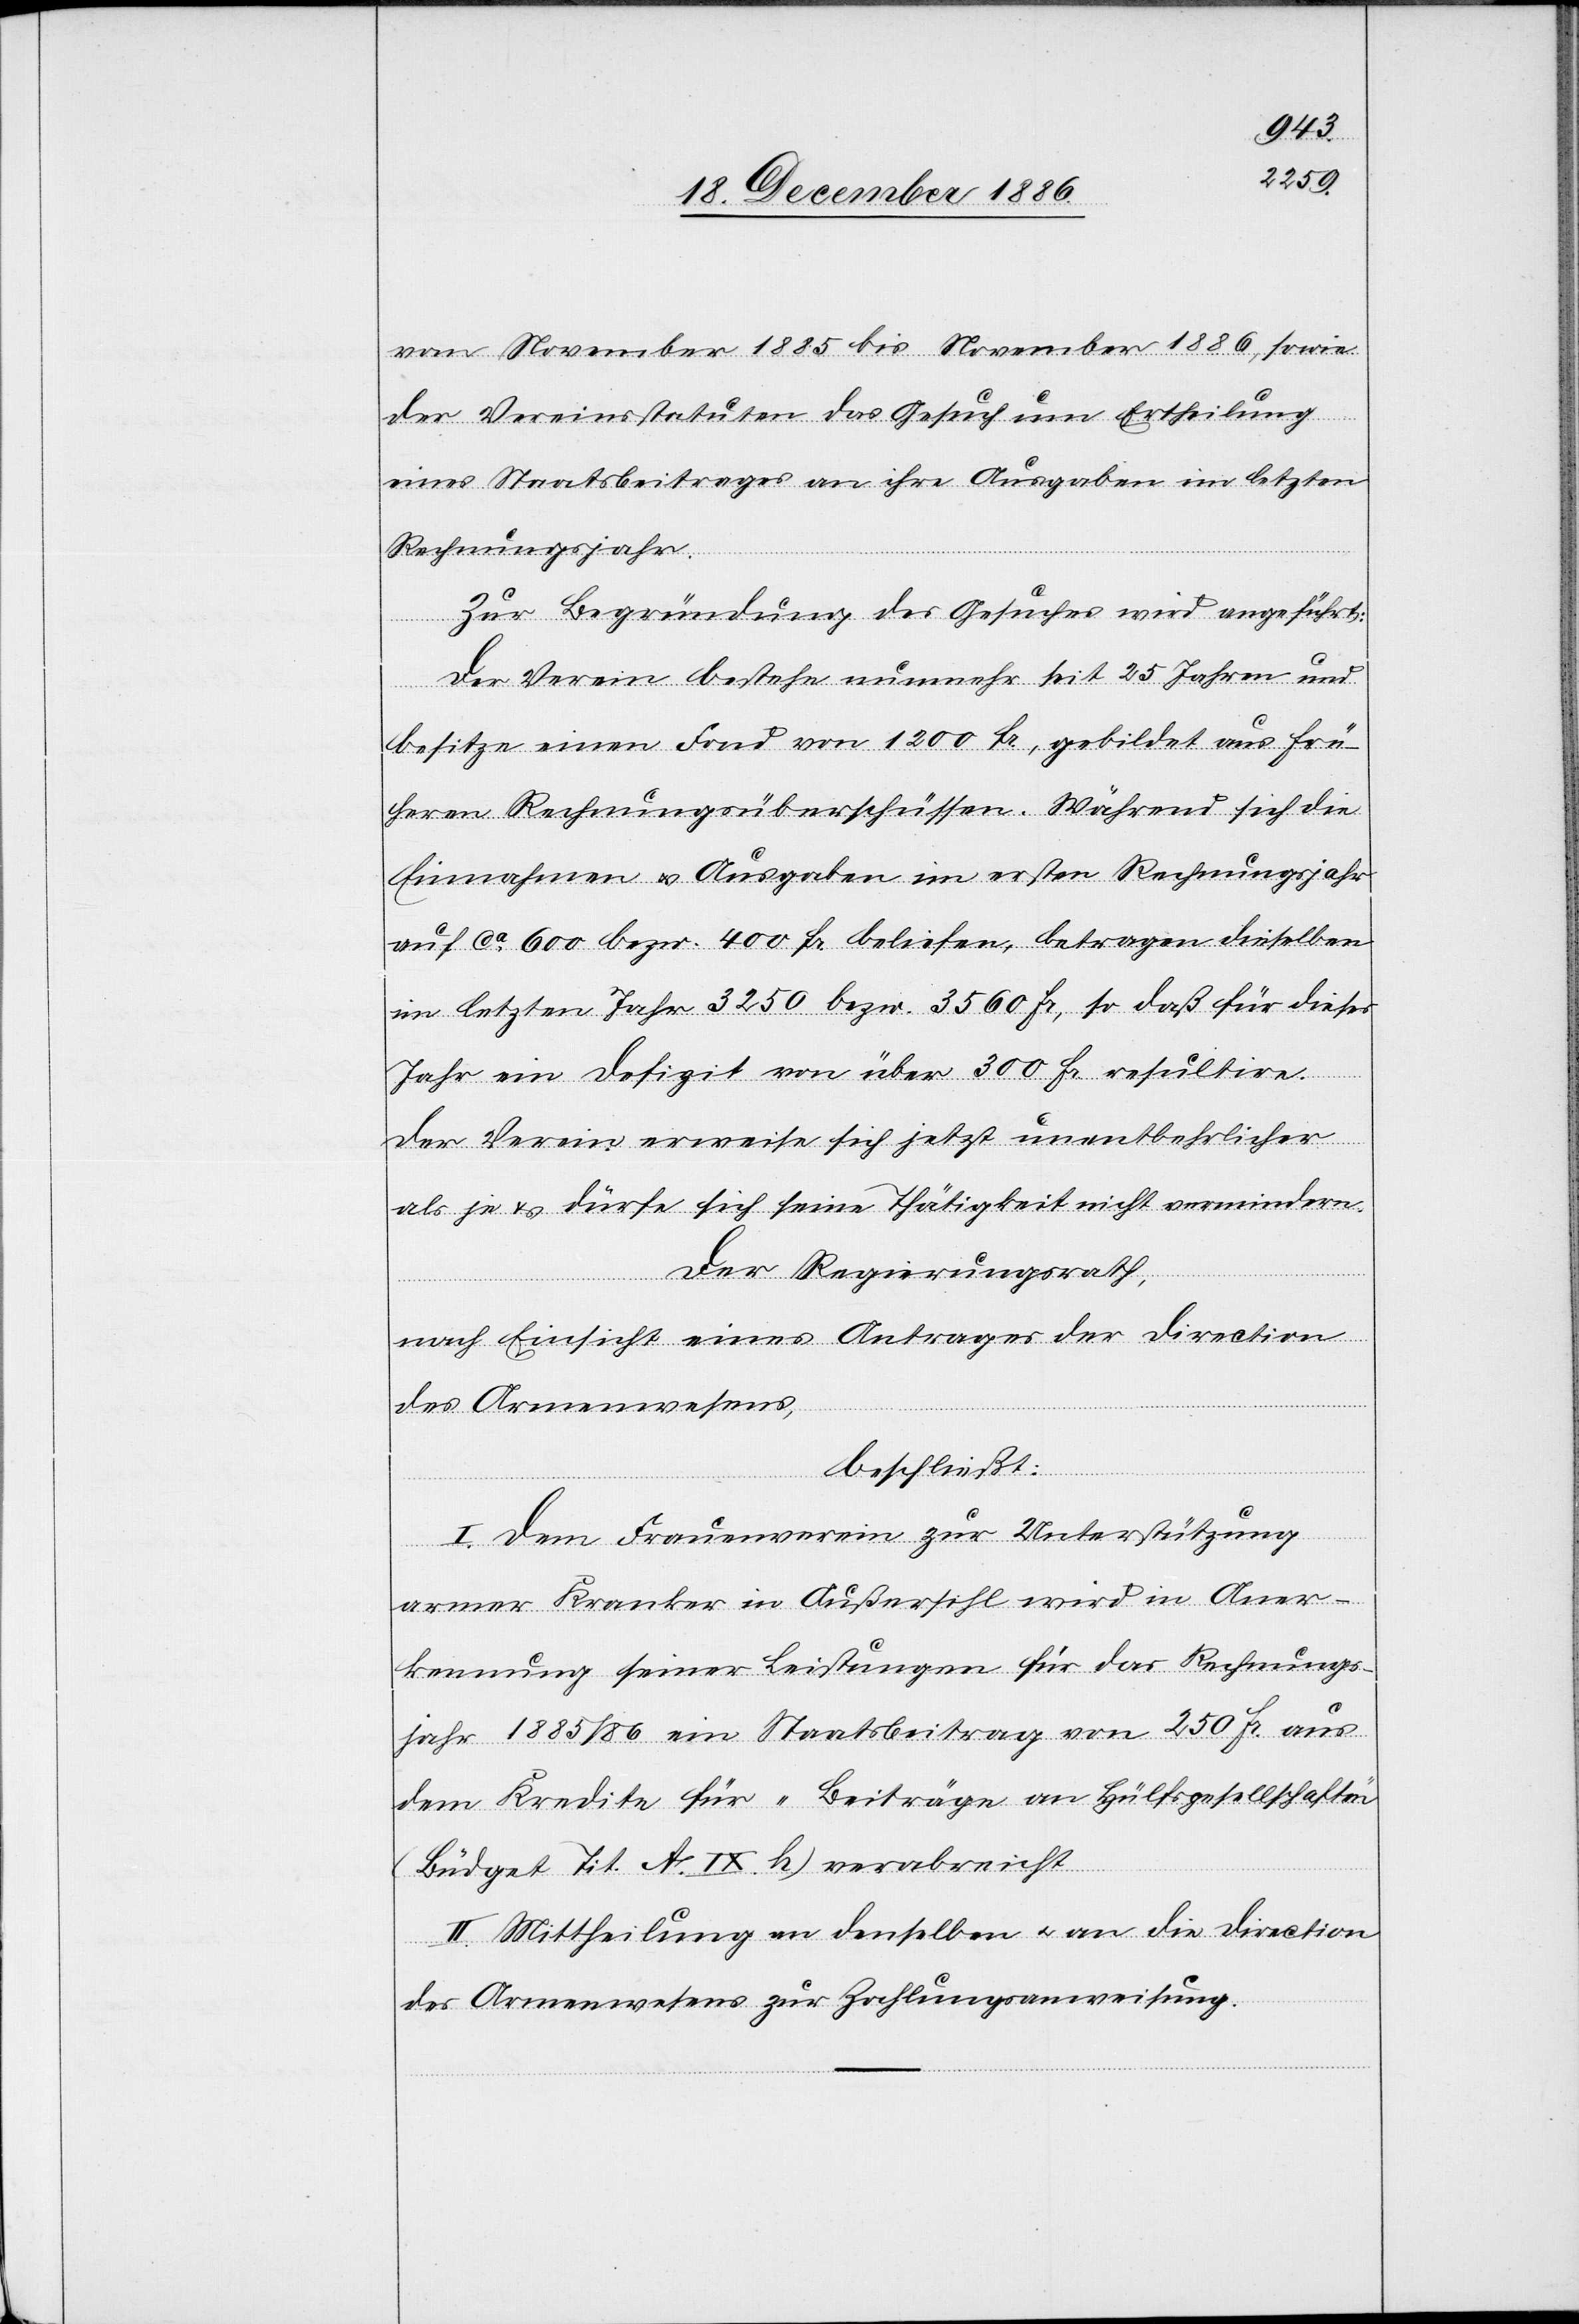
von November 1885 bis November 1886, sowie
der Vereinsstatuten das Gesuch um Ertheilung
eines Staatsbeitrages an ihre Ausgaben im letzten
Rechnungsjahr.
Zur Begründung des Gesuches wird angeführt:
Der Verein bestehe nunmehr seit 25 Jahren und
besitze einen Fond von 1200 Fr., gebildet aus frü¬
heren Rechnungsüberschüssen. Während sich die
Einnahmen & Ausgaben im ersten Rechnungsjahr
auf ca 600 bezw. 400 Fr. beliefen, betragen dieselben
im letzten Jahr 3250 bezw. 3560 Fr., so daß für dieses
Jahr ein Defizit von über 300 Fr. resultire.
Der Verein erweise sich jetzt unentbehrlicher
als je & dürfe sich seine Thätigkeit nicht vermindern.
Der Regierungsrath,
nach Einsicht eines Antrages der Direction
des Armenwesens,
beschließt:
I. Dem Frauenverein zur Unterstützung
armer Kranker in Außersihl wird in Aner¬
kennung seiner Leistungen für das Rechnungs¬
jahr 1885/86 ein Staatsbeitrag von 250 Fr. aus
dem Kredite für „Beiträge an Hülfsgesellschaften“
(Büdget Tit. A. IX. h) verabreicht.
II. Mittheilung an denselben & an die Direction
des Armenwesens zur Zahlungsanweisung.